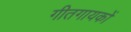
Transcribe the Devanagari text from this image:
गीतगायकों